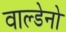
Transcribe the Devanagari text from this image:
वाल्डेनो